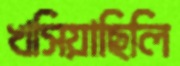
খসিয়াছিলি